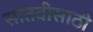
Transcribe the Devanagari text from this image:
सातवीसाठी